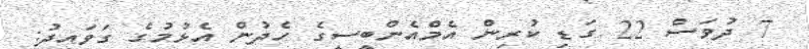
7 ދުވަސް 22 ގަޑި ކުރިން އެމްއެންބީސީގެ ހެދުން އެޅުމުގެ ގަވައިދު: